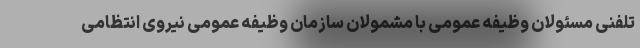
تلفنی مسئولان وظیفه عمومی با مشمولان سازمان وظیفه عمومی نیروی انتظامی